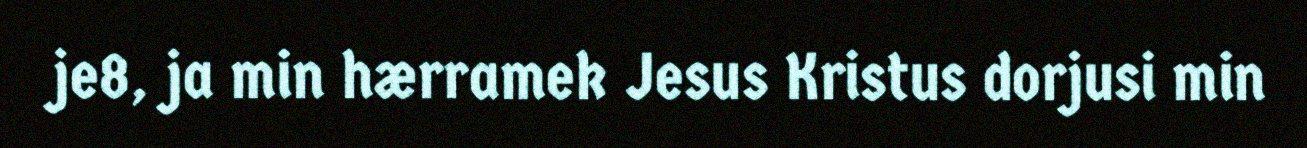
je8, ja min hærramek Jesus Kristus dorjusi min